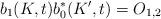
LaTeX: \begin{align*}b_{1}(K,t)b_{0}^{\ast }(K^{\prime },t)=O_{1,2} \end{align*}